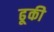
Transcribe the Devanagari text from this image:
ढूकी